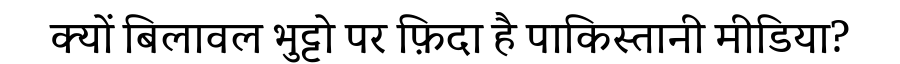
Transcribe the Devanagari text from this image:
क्यों बिलावल भुट्टो पर फ़िदा है पाकिस्तानी मीडिया?